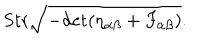
\mathrm { S t r } \sqrt { - \mathrm { d e t } ( \eta _ { \alpha \beta } + F _ { \alpha \beta } ) } .